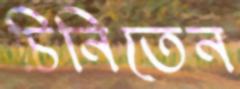
চিনিতেন